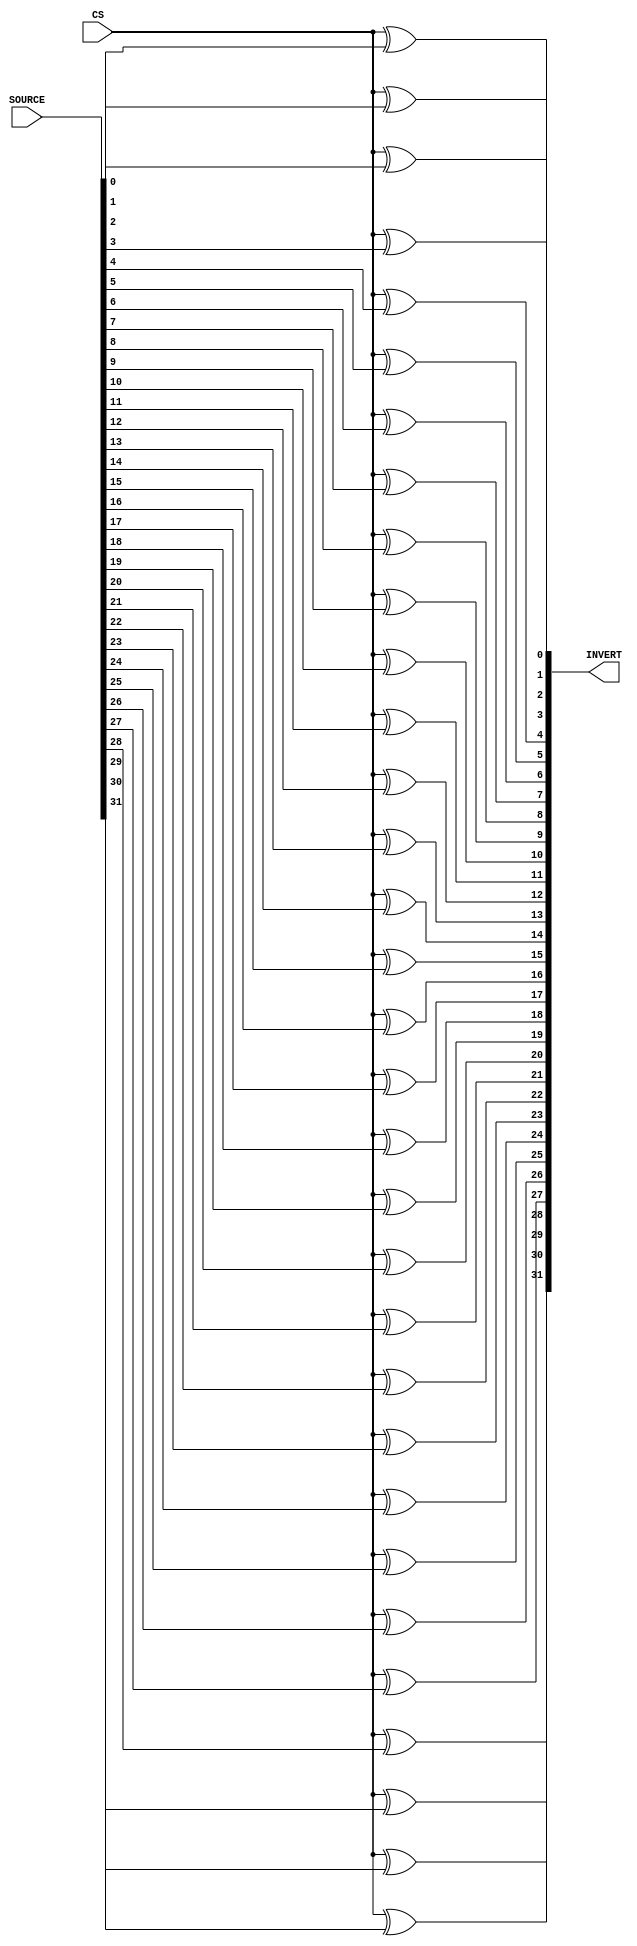
module Adder_invert
(
    SOURCE,
    CS,
    INVERT
);

    input [31:0]SOURCE;
    input CS;

    output [31:0]INVERT;

    assign INVERT[0]=CS^SOURCE[0];
    assign INVERT[1]=CS^SOURCE[1];
    assign INVERT[2]=CS^SOURCE[2];
    assign INVERT[3]=CS^SOURCE[3];
    assign INVERT[4]=CS^SOURCE[4];
    assign INVERT[5]=CS^SOURCE[5];
    assign INVERT[6]=CS^SOURCE[6];
    assign INVERT[7]=CS^SOURCE[7];
    assign INVERT[8]=CS^SOURCE[8];
    assign INVERT[9]=CS^SOURCE[9];
    assign INVERT[10]=CS^SOURCE[10];
    assign INVERT[11]=CS^SOURCE[11];
    assign INVERT[12]=CS^SOURCE[12];
    assign INVERT[13]=CS^SOURCE[13];
    assign INVERT[14]=CS^SOURCE[14];
    assign INVERT[15]=CS^SOURCE[15];
    assign INVERT[16]=CS^SOURCE[16];
    assign INVERT[17]=CS^SOURCE[17];
    assign INVERT[18]=CS^SOURCE[18];
    assign INVERT[19]=CS^SOURCE[19];
    assign INVERT[20]=CS^SOURCE[20];
    assign INVERT[21]=CS^SOURCE[21];
    assign INVERT[22]=CS^SOURCE[22];
    assign INVERT[23]=CS^SOURCE[23];
    assign INVERT[24]=CS^SOURCE[24];
    assign INVERT[25]=CS^SOURCE[25];
    assign INVERT[26]=CS^SOURCE[26];
    assign INVERT[27]=CS^SOURCE[27];
    assign INVERT[28]=CS^SOURCE[28];
    assign INVERT[29]=CS^SOURCE[29];
    assign INVERT[30]=CS^SOURCE[30];
    assign INVERT[31]=CS^SOURCE[31];

endmodule